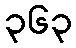
၃၆၃